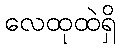
လေထုထဲရှိ